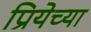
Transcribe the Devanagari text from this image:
प्रियेच्या